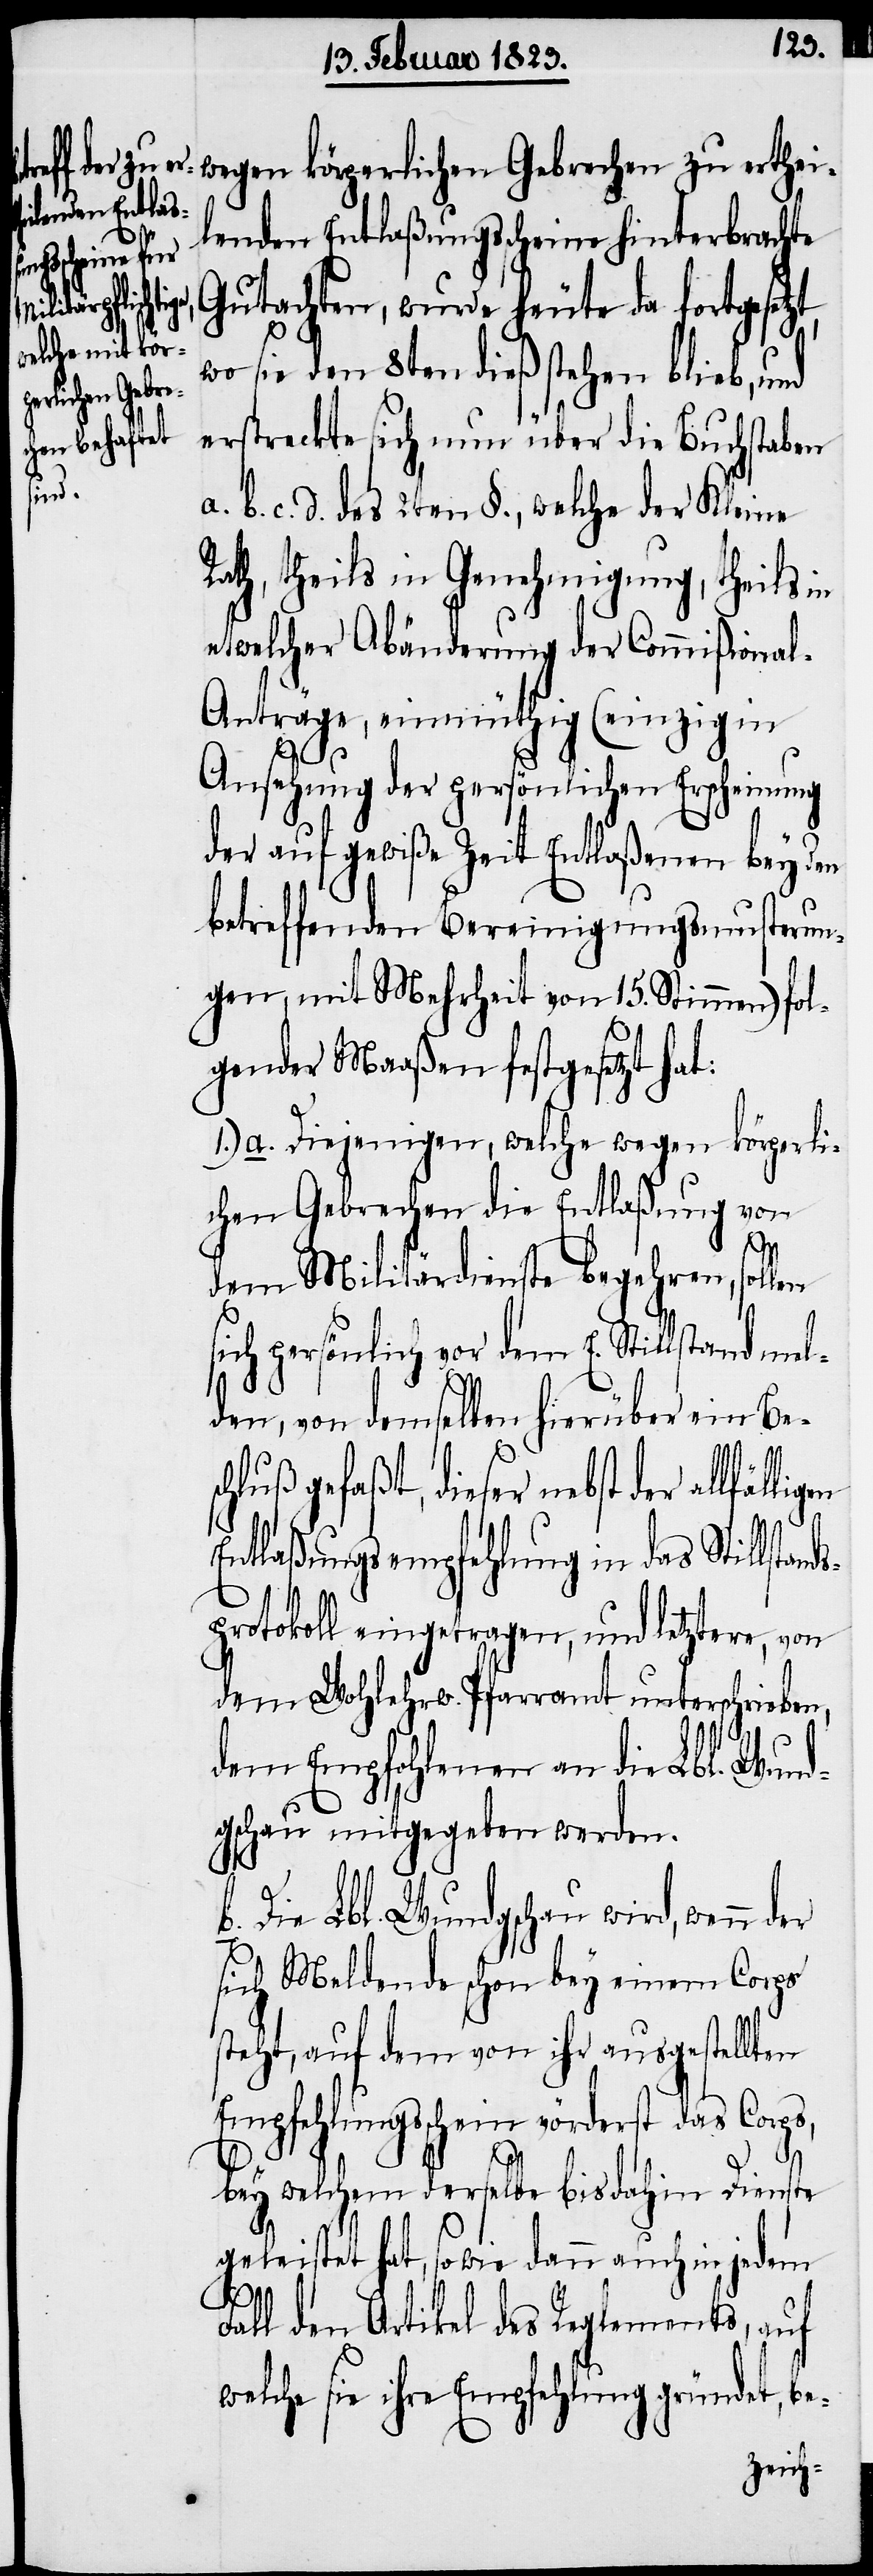
wegen körperlichen Gebrechen zu erthei¬
lenden Entlaßungsscheine hinterbrachte
schluß ge¬
Gutachten, wurde heute da fortgesetz¬
wo sie den 8ten dieß stehen blieb, und
erstreckte sich nun über die Buchstaben
[und] d. des 2ten §., welche der Kleine
Rath, theils in Genehmigung, theils in
etwelcher Abänderung der Commißiona¬
l-Anträge einmüthig (einzig in
Ansehung der persönlichen Erscheinung
der auf gewiße Zeit Entlaßenen bey den
betreffenden Bereinigungsmusterun¬
gen, mit Mehrheit von 15. Stimmen) fol¬
c.
gender Maaßen festgesetzt hat:
1.) a. Diejenigen, welche wegen körperli¬
chen Gebrechen die Entlaßung von
dem Militärdienste begehren, sol¬
ich persönlich vor dem E. Stillstand mel¬
den, von demselben hierüber ein Be¬
ser nebst der allfälligen
Entlaßungsempfehlung in das Stillstand¬
sprotokoll eingetragen, und letztere, von
dem Wohlehrw. Pfarramt unterschrieben,
dem Empfohlenen an die Lbl. Wund¬
gschau mitgegeben werden.
b. Die Lbl. Wundgschau wird, wenn der
sich Meldende schon bey einem Corps
steht, auf dem von ihr ausgestellten
Empfehlungsschein vörderst das Corps,
bey welchem derselbe bis dahin Dienste
geleistet hat, sowie dann auch in jedem
die¬
Fall den Artikel des Reglements, auf
welche sie ihre Empfehlung gründet, be-